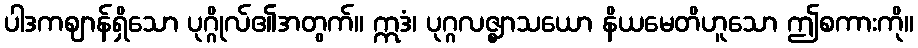
ပါဒကဈာန်ရှိသော ပုဂ္ဂိုလ်၏အတွက်။ ဣဒံ၊ ပုဂ္ဂလဇ္ဈာသယော နိယမေတိဟူသော ဤစကားကို။